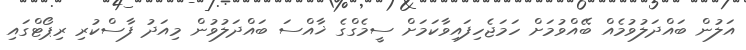
އަލުން ބައްދަލުވުމެއް ބޭއްވުމަށް ހަމަޖެހިފައިވާކަމަށް ސީމެގްގެ ޚާއްސަ ބައްދަލުވުން މިއަދު ފާސްކުރި ރިޕޯޓްގައި